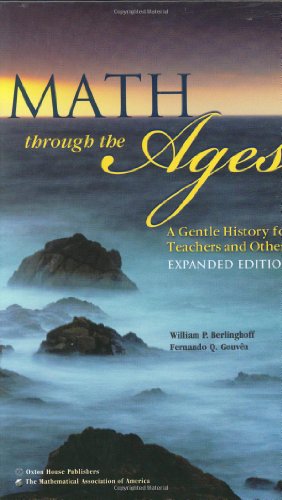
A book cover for Math Through the Ages: A Gentle History for Teachers and Others, Expanded Edition (Mathematical Association of America Textbooks); William P. Berlinghoff; Science & Math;